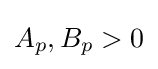
A_{p},B_{p}>0